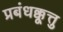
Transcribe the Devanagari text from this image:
प्रबंधक्कूत्तु